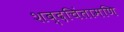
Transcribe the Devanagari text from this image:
शब्दचिंतामणि